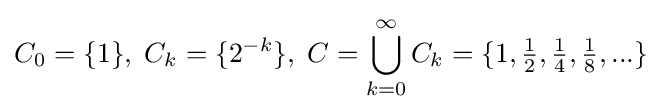
C_{0}=\{1\},\;C_{k}=\{2^{-k}\},\;C=\bigcup _{k=0}^{\infty }C_{k}=\{1,{\tfrac {1}{2}},{\tfrac {1}{4}},{\tfrac {1}{8}},...\}